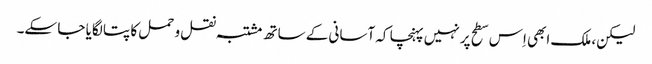
لیکن، ملک ابھی اِس سطح پر نہیں پہنچا کہ آسانی کے ساتھ مشتبہ نقل و حمل کا پتا لگایا جا سکے۔